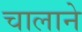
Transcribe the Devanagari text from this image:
चालाने